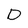
Character: D